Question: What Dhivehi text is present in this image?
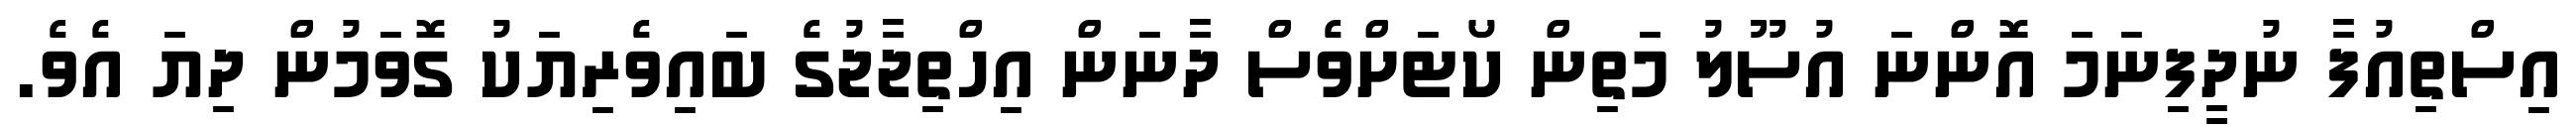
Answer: އިސްތިއުފާ ނުދީފިނަމަ އޮންނަ އުސޫލު މަތިން ކޯޓަށްވެސް ދާނަން އިހްތިޖާޖުގެ ބައިވެރިޔަކު ގޮވަމުން ދިޔަ އެވެ.